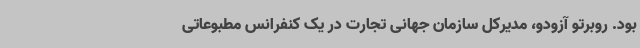
بود. روبرتو آزودو، مدیرکل سازمان جهانی تجارت در یک کنفرانس مطبوعاتی